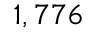
1 , 7 7 6